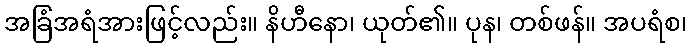
အခြံအရံအားဖြင့်လည်း။ နိဟီနော၊ ယုတ်၏။ ပုန၊ တစ်ဖန်။ အပရံစ၊